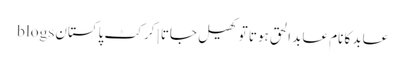
عابد کا نام عابد الحق ہوتا تو کھیل جاتا | کرکٹ پاکستان blogs